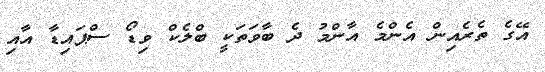
އޭގެ ތެރެއިން އެންމެ އާންމު ދެ ބާވަތަކީ ބްލެކް ވިޑޯ ސްޕައިޑާ އާއި